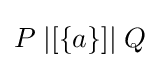
P\;|[\{a\}]|\;Q